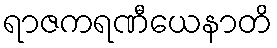
ရာဇကရဏီယေနာတိ